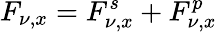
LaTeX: F_{\nu,x}=F_{\nu,x}^{s}+F_{\nu,x}^{p}